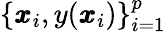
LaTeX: \{ \pmb{x}_{i},y(\pmb{x}_{i})\} _{i=1}^{p}